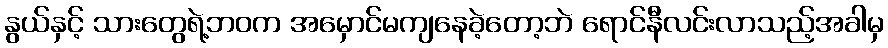
နွယ်နှင့် သားတွေရဲ့ဘဝက အမှောင်မကျနေခဲ့တော့ဘဲ ရောင်နီလင်းလာသည့်အခါမှ